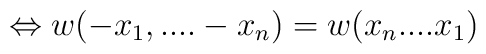
\Leftrightarrow w(-x_{1},....-x_{n})=w(x_{n}....x_{1})